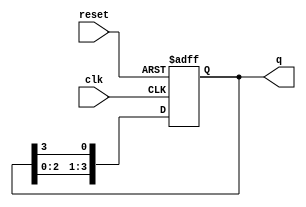
module ring_counter (
    input wire clk,        // Clock input
    input wire reset,      // Reset input
    output reg [N-1:0] q   // Output state of the counter
);
    parameter N = 4;       // Number of flip-flops (states)

    // Initial state
    initial begin
        q = 1'b1;          // Start with the first flip-flop set to '1'
    end

    // State transition on clock edge
    always @(posedge clk or posedge reset) begin
        if (reset) begin
            q <= 1'b1;      // Reset state: set the first flip-flop to '1'
        end else begin
            q <= {q[N-2:0], q[N-1]}; // Shift the '1' to the next flip-flop
        end
    end
endmodule